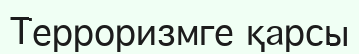
Терроризмге қарсы